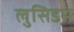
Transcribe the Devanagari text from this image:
लुसिडम